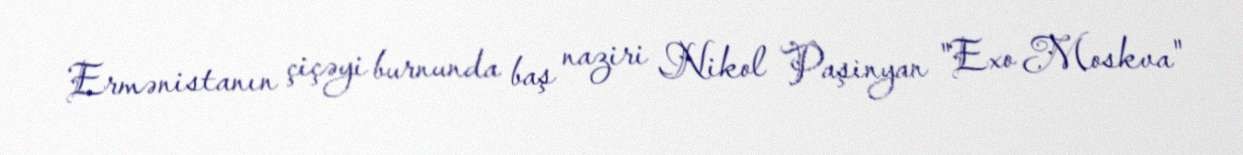
Ermənistanın çiçəyi burnunda baş naziri Nikol Paşinyan "Exo Moskva"